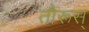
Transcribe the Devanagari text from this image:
तौरूस्